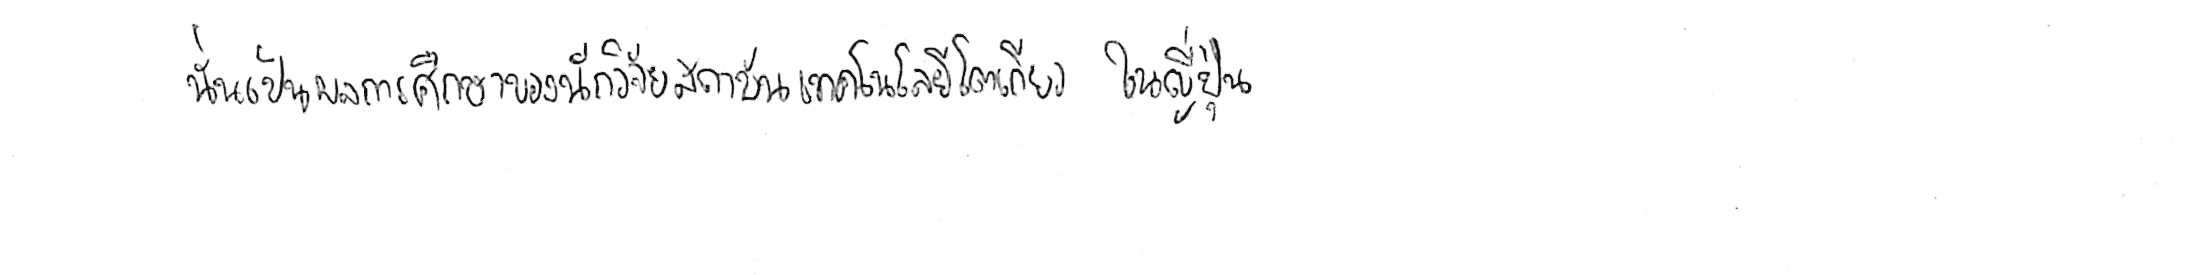
นั่นเป็นผลการศึกษาของนักวิจัยสถาบันเทคโนโลยีโตเกียว ในญี่ปุ่น